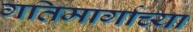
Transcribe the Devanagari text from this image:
गतिमार्गाच्या